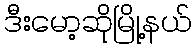
ဒီးမော့ဆိုမြို့နယ်